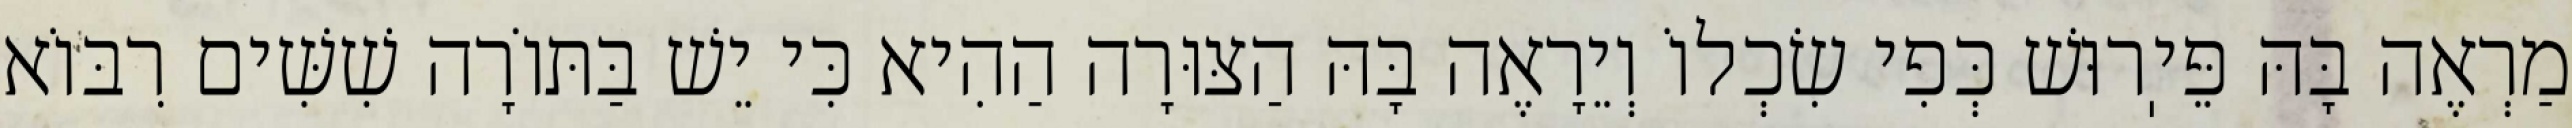
מַרְאֶה בָּהּ פֵּיֽרוּשׁ כְּפִי שִׂכְלוֹ וְיֵרָאֶה בָּהּ הַצּוּרָה הַהִיא כִּי יֵשׁ בַּתּוֹרָה שִׁשִּׁים רִבּוֹא